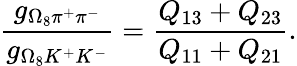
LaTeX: \frac{g_{\Omega_{8}\pi^{+}\pi^{-}}}{g_{\Omega_{8}K^{+}K^{-}}}=\frac{Q_{13}+Q_{23}}{Q_{11}+Q_{21}}.